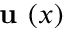
\textbf { u } ( x )